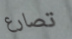
تصارع